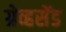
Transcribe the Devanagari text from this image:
ग्रेव्हसेंड